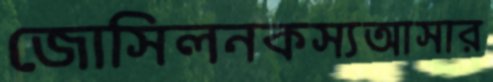
জোসিলনকস্যআসার